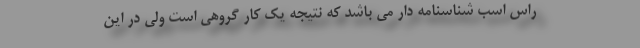
راس اسب شناسنامه دار می باشد که نتیجه یک کار گروهی است ولی در این